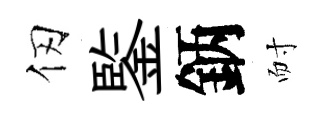
仞鍳鈵耐